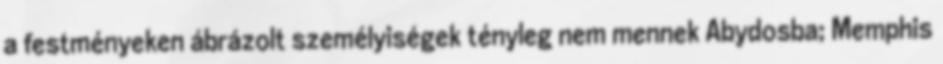
a festményeken ábrázolt személyiségek tényleg nem mennek Abydosba; Memphis